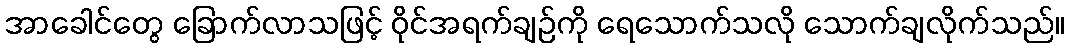
အာခေါင်တွေ ခြောက်လာသဖြင့် ဝိုင်အရက်ချဉ်ကို ရေသောက်သလို သောက်ချလိုက်သည်။